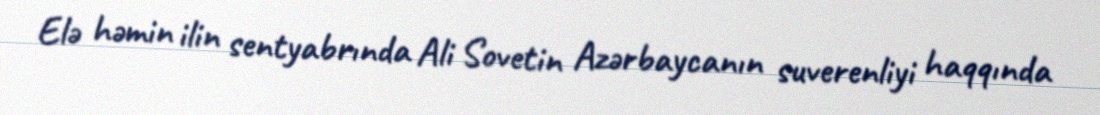
Elə həmin ilin sentyabrında Ali Sovetin Azərbaycanın suverenliyi haqqında